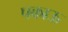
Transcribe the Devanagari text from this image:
पकाऊ